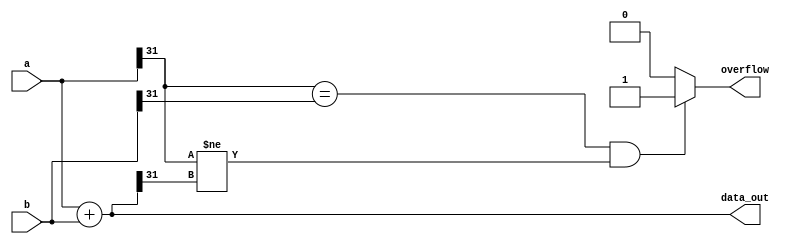
`timescale 1ns / 1ps
//////////////////////////////////////////////////////////////////////////////////
// Company: 
// Engineer: 
// 
// Design Name: 
// Module Name: Add
// Project Name: 
// Target Devices: 
// Tool Versions: 
// Description: 
// 
// Dependencies: 
// 
// Revision:
// Revision 0.01 - File Created
// Additional Comments:
// 
//////////////////////////////////////////////////////////////////////////////////


module Add(
    input [31:0] a,
    input [31:0] b,
    output [31:0] data_out,
    output overflow
    );
    assign data_out = a + b;
    assign overflow =(a[31]==b[31]&&a[31]!=data_out[31]) ? 1 : 0;
endmodule